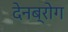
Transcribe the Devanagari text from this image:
देनब्रोग